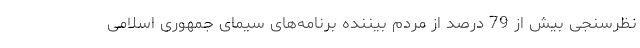
نظرسنجی بیش از 79 درصد از مردم بیننده برنامه‌های سیمای جمهوری اسلامی